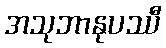
အသုဘာနုပဿီ